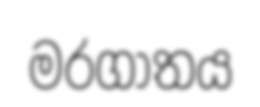
මරගාතය